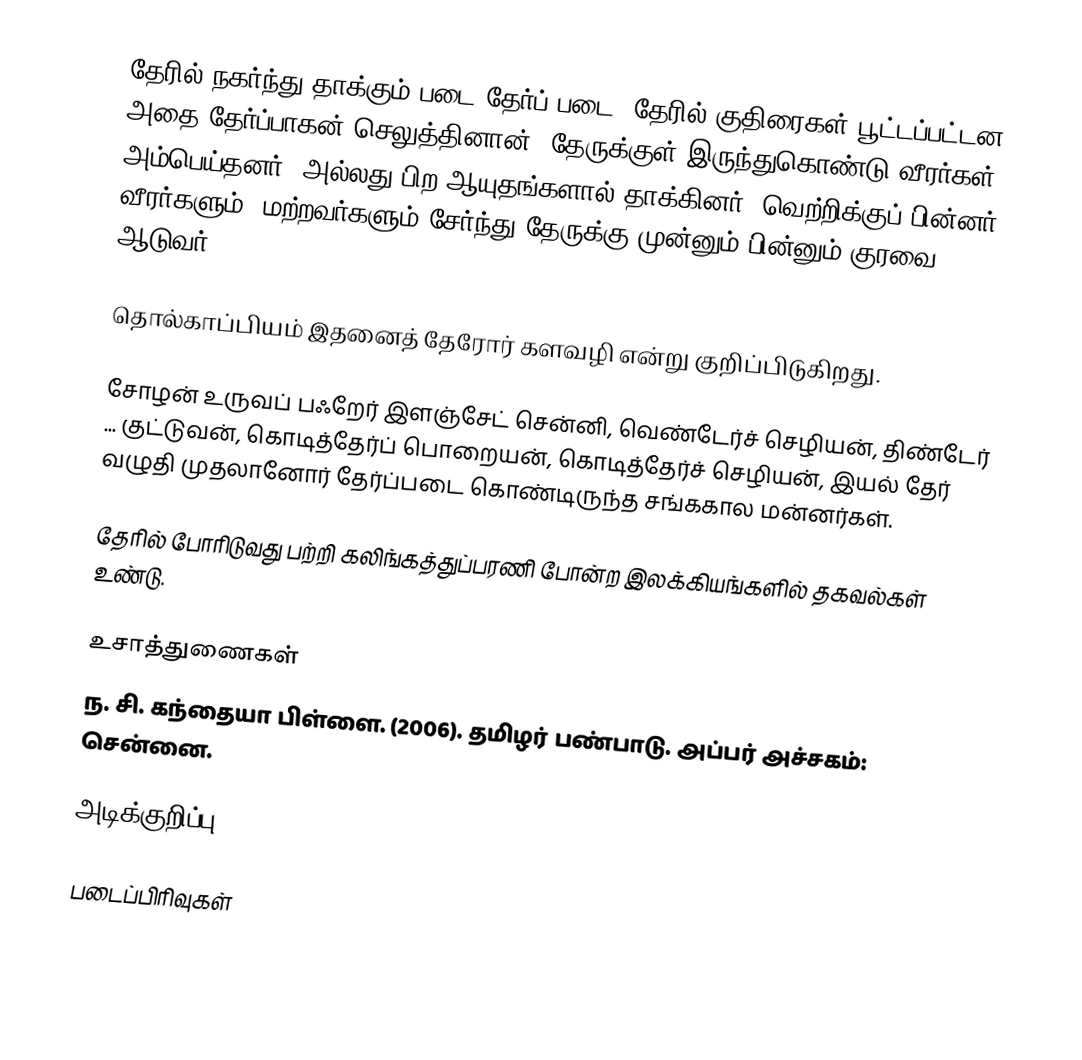
தேரில் நகர்ந்து தாக்கும் படை தேர்ப் படை.  தேரில் குதிரைகள் பூட்டப்பட்டன.  அதை தேர்ப்பாகன் செலுத்தினான்.  தேருக்குள் இருந்துகொண்டு வீரர்கள் அம்பெய்தனர், அல்லது பிற ஆயுதங்களால் தாக்கினர். வெற்றிக்குப் பின்னர் வீரர்களும், மற்றவர்களும் சேர்ந்து தேருக்கு முன்னும் பின்னும் குரவை ஆடுவர்.

தொல்காப்பியம் இதனைத் தேரோர் களவழி என்று குறிப்பிடுகிறது.

சோழன் உருவப் பஃறேர் இளஞ்சேட் சென்னி, வெண்டேர்ச் செழியன், திண்டேர் ... குட்டுவன், கொடித்தேர்ப் பொறையன், கொடித்தேர்ச் செழியன், இயல் தேர் வழுதி முதலானோர் தேர்ப்படை கொண்டிருந்த சங்ககால மன்னர்கள்.

தேரில் போரிடுவது பற்றி கலிங்கத்துப்பரணி போன்ற இலக்கியங்களில் தகவல்கள் உண்டு.

உசாத்துணைகள்
 ந. சி. கந்தையா பிள்ளை. (2006). தமிழர் பண்பாடு. அப்பர் அச்சகம்: சென்னை.

அடிக்குறிப்பு

படைப்பிரிவுகள்